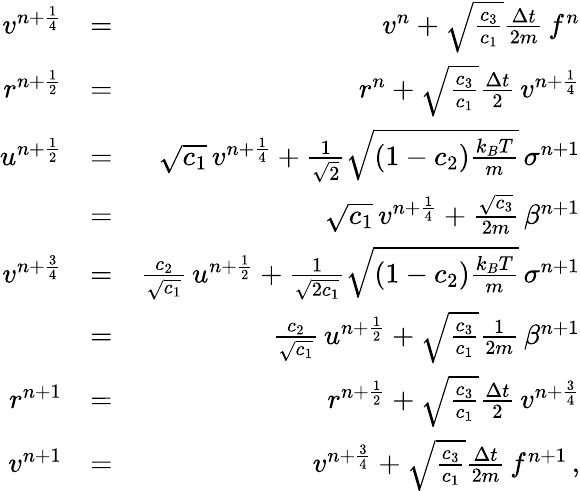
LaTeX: \begin{array}{rlr}{v^{n+\frac{1}{4}}}&{=}&{v^{n}+\sqrt{\frac{c_{3}}{c_{1}}}\frac{\Delta{t}}{2m}\, f^{n}}\\ {r^{n+\frac{1}{2}}}&{=}&{r^{n}+\sqrt{\frac{c_{3}}{c_{1}}}\frac{\Delta{t}}{2}\, v^{n+\frac{1}{4}}}\\ {u^{n+\frac{1}{2}}}&{=}&{\sqrt{c_{1}}\, v^{n+\frac{1}{4}}+\frac{1}{\sqrt{2}}\sqrt{(1-c_{2})\frac{k_{B}T}{m}}\, \sigma^{n+1}}\\ &{=}&{\sqrt{c_{1}}\, v^{n+\frac{1}{4}}+\frac{\sqrt{c_{3}}}{2m}\, \beta^{n+1}}\\ {v^{n+\frac{3}{4}}}&{=}&{\frac{c_{2}}{\sqrt{c_{1}}}\, u^{n+\frac{1}{2}}+\frac{1}{\sqrt{2c_{1}}}\sqrt{(1-c_{2})\frac{k_{B}T}{m}}\, \sigma^{n+1}}\\ &{=}&{\frac{c_{2}}{\sqrt{c_{1}}}\, u^{n+\frac{1}{2}}+\sqrt{\frac{c_{3}}{c_{1}}}\frac{1}{2m}\, \beta^{n+1}}\\ {r^{n+1}}&{=}&{r^{n+\frac{1}{2}}+\sqrt{\frac{c_{3}}{c_{1}}}\frac{\Delta{t}}{2}\, v^{n+\frac{3}{4}}}\\ {v^{n+1}}&{=}&{v^{n+\frac{3}{4}}+\sqrt{\frac{c_{3}}{c_{1}}}\frac{\Delta{t}}{2m}\, f^{n+1}\, ,}\end{array}